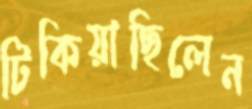
টিকিয়াছিলেন